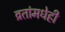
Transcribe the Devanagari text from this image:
व्रतांमधेही